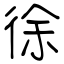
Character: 徐